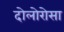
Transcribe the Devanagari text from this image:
दोलोरोसा